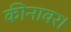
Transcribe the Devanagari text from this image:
कीनावर।